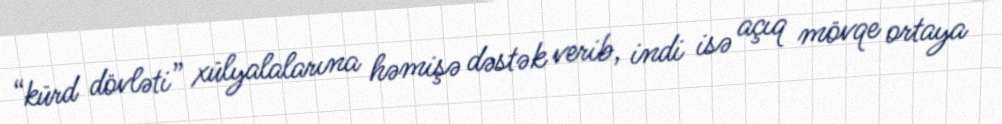
“kürd dövləti” xülyalalarına həmişə dəstək verib, indi isə açıq mövqe ortaya